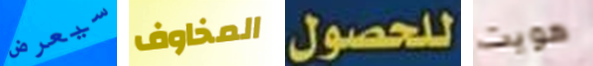
سيعرض المخاوف للحصول هويت